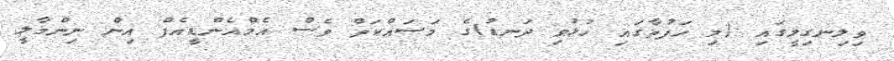
ވިލިނގިލީގައި (މި ހަފުތާގައި ހުޅުވި ދަނޑު)ގެ މަސައްކަތް ވެސް އެމްއެންޑީއެފް އިން ނިންމާލީ